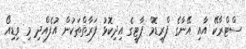
ސްޓްރާކޭ އާއި އޭނާގެ ފްރީޑޮމް ޕާޓީގެ އިދިކޮޅު ފަރާތްތަކުން އުފެއްދި މި ވިޑިއޯ